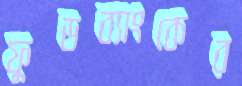
ফুডব্যাংকের